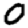
Digit: 0